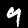
Digit: 9